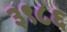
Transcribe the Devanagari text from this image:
३९८६